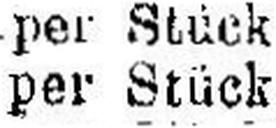
per Stück